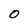
Character: 0